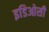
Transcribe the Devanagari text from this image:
इडिओसी